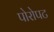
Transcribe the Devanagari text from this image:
पोरोपट